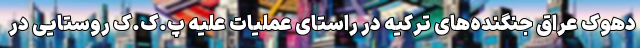
دهوک عراق جنگنده‌های ترکیه در راستای عملیات علیه پ.ک.ک روستایی در